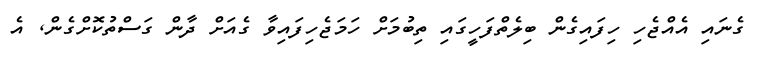
ގެނައި އެއްޖެހި ހިފައިގެން ބިލެތްފަހީގައި ތިބުމަށް ހަމަޖެހިފައިވާ ގެއަށް ދާން ގަސްތުކޮށްގެން